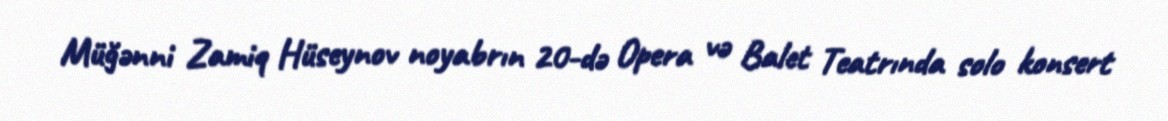
Müğənni Zamiq Hüseynov noyabrın 20-də Opera və Balet Teatrında solo konsert